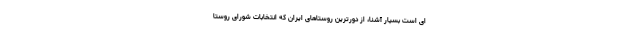
ای است بسیار آشنا، از دورترین روستاهای ایران که انتخابات شورای روستا